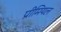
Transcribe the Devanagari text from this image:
प्रीमियल